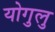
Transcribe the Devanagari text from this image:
योगुलु